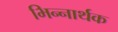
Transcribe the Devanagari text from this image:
भिन्नार्थक